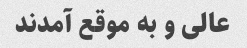
عالی و به موقع آمدند